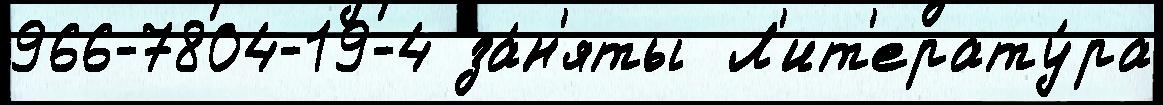
966-7804-19-4 за́н'яты  Л'ит'ерату́ра